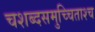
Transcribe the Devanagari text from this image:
चशब्दसमुच्चिताश्च